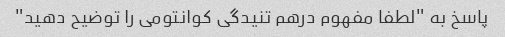
پاسخ به "لطفا مفهوم درهم تنیدگی کوانتومی را توضیح دهید"